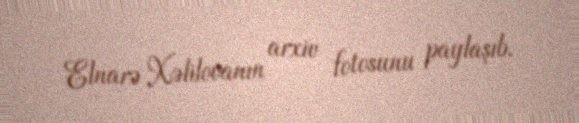
Elnarə Xəlilovanın arxiv fotosunu paylaşıb.